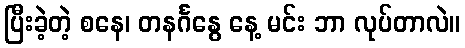
ပြီးခဲ့တဲ့ စနေ၊ တနင်္ဂနွေ နေ့ မင်း ဘာ လုပ်တာလဲ။